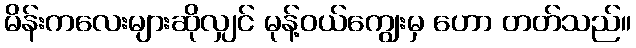
မိန်းကလေးများဆိုလျှင် မုန့်ဝယ်ကျွေးမှ ဟော တတ်သည်။